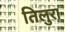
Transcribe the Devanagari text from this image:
तिलुरा